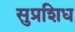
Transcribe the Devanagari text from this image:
सुप्रशिध